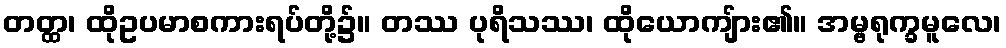
တတ္ထ၊ ထိုဥပမာစကားရပ်တို့၌။ တဿ ပုရိသဿ၊ ထိုယောကျ်ား၏။ အမ္ဗရုက္ခမူလေ၊